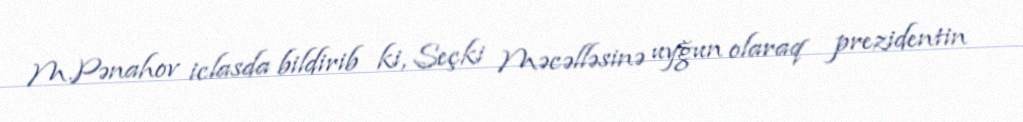
M.Pənahov iclasda bildirib ki, Seçki Məcəlləsinə uyğun olaraq prezidentin